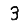
Digit: 3